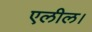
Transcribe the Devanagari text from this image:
एलील।